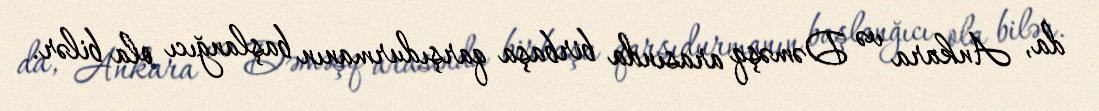
da, Ankara və Dəməşq arasında birbaşa qarşıdurmanın başlanğıcı ola bilər.